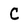
Character: C